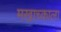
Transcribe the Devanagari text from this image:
मखाच्काला